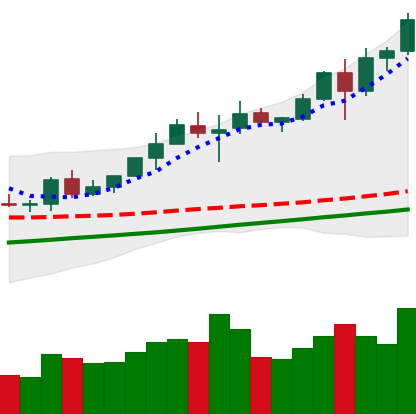
Ticker: BNB-USD
Chart end date: 2020-08-05
Forward return: -3.096%
Label: down_3_5